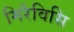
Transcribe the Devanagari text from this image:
मिरैविसि